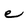
Character: e